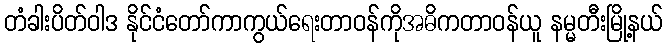
တံခါးပိတ်ဝါဒ နိုင်ငံတော်ကာကွယ်ရေးတာဝန်ကိုအဓိကတာဝန်ယူ နမ္မတီးမြို့နယ်